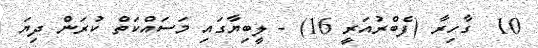
10  ގާހިރާ (ފެބްރުއަރީ 16) - ލީބިޔާގައި މަސައްކަތް ކުރަން ދިޔަ